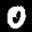
Label: 0